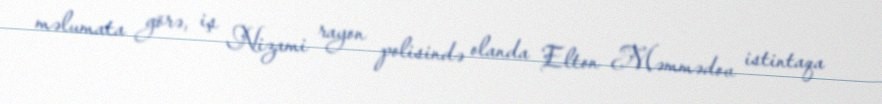
məlumata görə, iş Nizami rayon polisində olanda Elton Məmmədov istintaqa